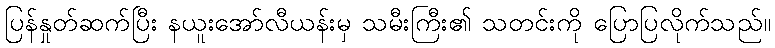
ပြန်နှုတ်ဆက်ပြီး နယူးအော်လီယန်းမှ သမီးကြီး၏ သတင်းကို ပြောပြလိုက်သည်။